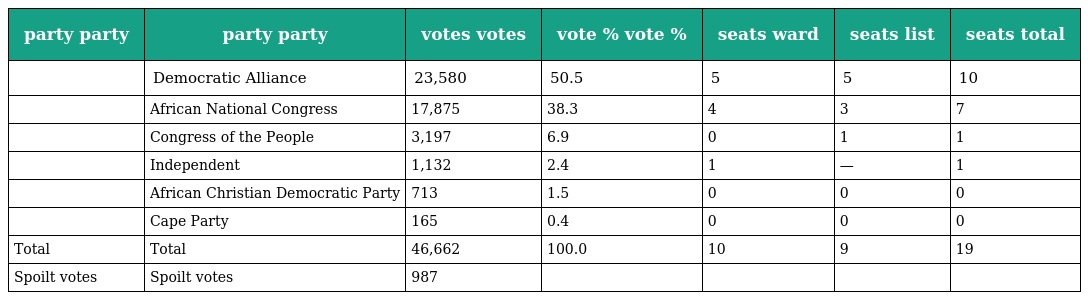
| party party | party party | votes votes | vote % vote % | seats ward | seats list | seats total |
 | --- | --- | --- | --- | --- | --- | --- |
 |  | Democratic Alliance | 23,580 | 50.5 | 5 | 5 | 10 |
 |  | African National Congress | 17,875 | 38.3 | 4 | 3 | 7 |
 |  | Congress of the People | 3,197 | 6.9 | 0 | 1 | 1 |
 |  | Independent | 1,132 | 2.4 | 1 | — | 1 |
 |  | African Christian Democratic Party | 713 | 1.5 | 0 | 0 | 0 |
 |  | Cape Party | 165 | 0.4 | 0 | 0 | 0 |
 | Total | Total | 46,662 | 100.0 | 10 | 9 | 19 |
 | Spoilt votes | Spoilt votes | 987 |  |  |  |  |